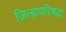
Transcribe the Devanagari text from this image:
जिल्हापरिषदा